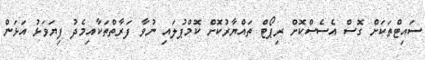
ސައިޓްތަކަށް ގޮސް އެސެސްކޮށް ރިޕޯޓް ތައްޔާރުކޮށް ކޮމްޕުލައި ނުވާ ފަރާތްތަކާއިމެދު ފިޔަވަޅު އަޅަން